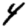
Digit: 4